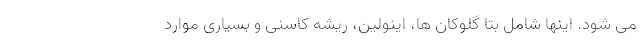
می شود. اینها شامل بتا گلوکان ها، اینولین، ریشه کاسنی و بسیاری موارد